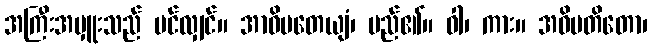
အကြီးအမှူးသည် ပင်လျှင်။ အာဓိပတေယျံ၊ မည်၏။ ဝါ၊ ကား။ အဓိပတိတော၊